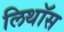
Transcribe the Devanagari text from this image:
लिथॉस